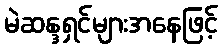
မဲဆန္ဒရှင်များအနေဖြင့်